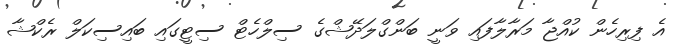
އެ ފިރިހެން ކުއްޖާ މަރާލާފައި ވަނީ ބަންގްލަދޭޝްގެ ސިލްހެޓް ސިޓީގައި ބައިސިކަލް ރެކްޝާ